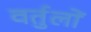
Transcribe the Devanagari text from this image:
वर्तुलों